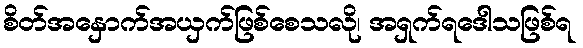
စိတ်အနှောက်အယှက်ဖြစ်စေသလို၊ အရှက်ရဒေါသဖြစ်ရ